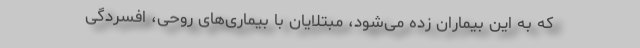
که به این بیماران زده می‌شود، مبتلایان با بیماری‌های روحی، افسردگی